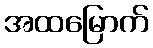
အထမြောက်